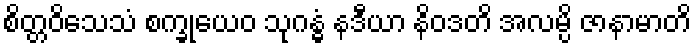
စိတ္တဝိသေသံ စက္ခုယေဝ သုဂန္ဓံ နဒီယာ နိဝဒတိ အလမ္ပိ ဇာနာမာတိ